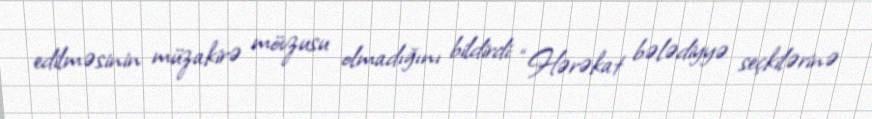
edilməsinin müzakirə mövzusu olmadığını bildirdi: “Hərəkat bələdiyyə seçkilərinə